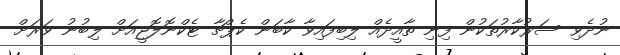
ނުދެވި ސަރުކާރުތަކުން ފިނި ތާއީދެއް ލިބިފައިވާ ކާބަން ކެޕްޗާ ޓެކްނޮލޮޖީއަށް ލިބުނު ވަރަށް